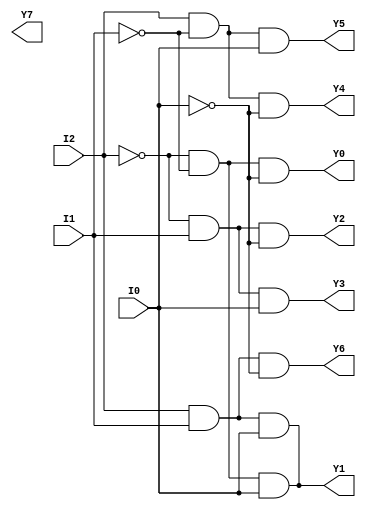
module decoder_38STR(Y0,Y1,Y2,Y3,Y4,Y5,Y6,Y7,I0,I1,I2);
output Y0,Y1,Y2,Y3,Y4,Y5,Y6,Y7;
input I0,I1,I2;
wire I2bar,I1bar,I0bar;
and (Y0,I2bar,I1bar,I0bar),(Y1,I2bar,I1bar,I0),(Y2,I2bar,I1,I0bar),(Y3,I2bar,I1,I0),(Y4,I2,I1bar,I0bar),(Y5,I2,I1bar,I0),(Y6,I2,I1,I0bar),(Y1,I2,I1,I0);
not (I2bar,I2),(I1bar,I1),(I0bar,I0);
endmodule